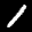
Label: 1